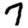
Digit: 7